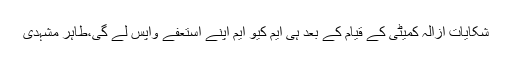
شکایات ازالہ کمیٹی کے قیام کے بعد ہی ایم کیو ایم اپنے استعفے واپس لے گی،طاہر مشہدی